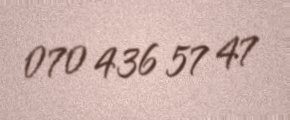
070 436 57 47